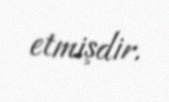
etmişdir.